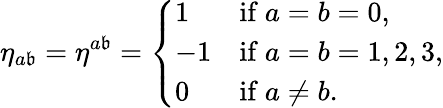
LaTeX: \eta_{a\mathfrak{b}}=\eta^{a\mathfrak{b}}={\left\{ \begin{array}{ll}{1}&{{\mathrm{if~}}a=b=0,}\\ {-1}&{{\mathrm{if~}}a=b=1,2,3,}\\ {0}&{{\mathrm{if~}}a\neq b.}\end{array}\right.}